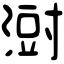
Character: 㴻